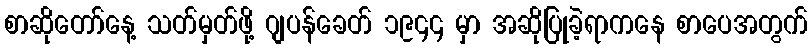
စာဆိုတော်နေ့ သတ်မှတ်ဖို့ ဂျပန်ခေတ် ၁၉၄၄ မှာ အဆိုပြုခဲ့ရာကနေ စာပေအတွက်